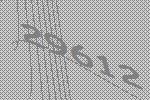
29612